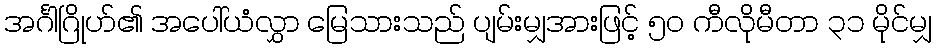
အင်္ဂါဂြိုဟ်၏ အပေါ်ယံလွှာ မြေသားသည် ပျမ်းမျှအားဖြင့် ၅၀ ကီလိုမီတာ ၃၁ မိုင်မျှ